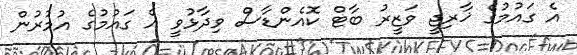
އެ ގައުމުގެ ޚާރިޖީ ވަޒީރު ބާޓް ކޮއެންޑާސް ވިދާޅުވީ އެ ގައުމުގެ އުމުރުން